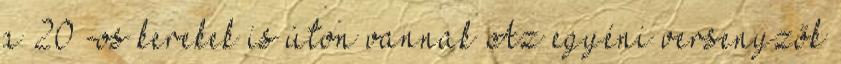
a 20”-os kerekek is úton vannak Az egyéni versenyzők